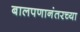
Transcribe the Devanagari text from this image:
बालपणानंतरच्या